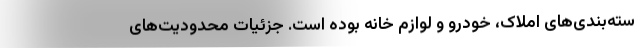
سته‌بند‌ی‌های املاک، خودرو و لوازم خانه بوده است. جزئیات محدودیت‌های